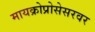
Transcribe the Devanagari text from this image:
मायक्रोप्रोसेसरवर